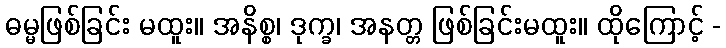
ဓမ္မဖြစ်ခြင်း မထူး။ အနိစ္စ၊ ဒုက္ခ၊ အနတ္တ ဖြစ်ခြင်းမထူး။ ထိုကြောင့် -